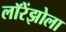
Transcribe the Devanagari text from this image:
लॉरेंझोला